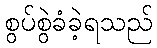
စွပ်စွဲခံခဲ့ရသည်